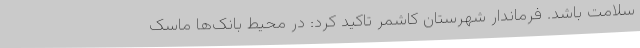
سلامت باشد. فرماندار شهرستان کاشمر تاکید کرد: در محیط بانک‌ها ماسک